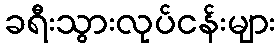
ခရီးသွားလုပ်ငန်းများ